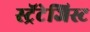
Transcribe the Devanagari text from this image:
स्ट्रॅटेजिस्ट